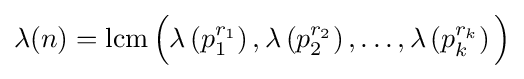
\lambda (n)=\operatorname {lcm} {\Bigl (}\lambda \left(p_{1}^{r_{1}}\right),\lambda \left(p_{2}^{r_{2}}\right),\ldots ,\lambda \left(p_{k}^{r_{k}}\right){\Bigr )}